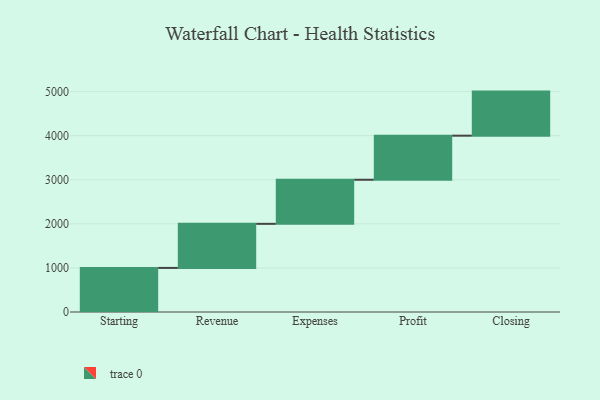
{"axis": {"x": "Step", "y": "Value"}, "legend": [""], "data": [{"x": "Starting", "y": 1000, "type": ""}, {"x": "Revenue", "y": 1000, "type": ""}, {"x": "Expenses", "y": 1000, "type": ""}, {"x": "Profit", "y": 1000, "type": ""}, {"x": "Closing", "y": 1000, "type": ""}]}